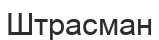
Штрасман